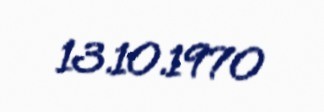
13.10.1970